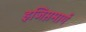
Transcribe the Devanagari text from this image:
इजिप्तमार्गे